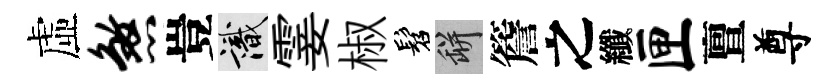
虛煞豈識霎椒髫瓶簷之纖匣亶尊